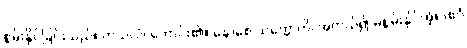
စွမ်းနိုင်ခြင်းသည်။ ကုသလံ၊ ကောင်း၏။ နောစေ သက္ကောတိ၊ အကယ်၍ မစွမ်းနိုင်အံ့။ (ဧဝံ